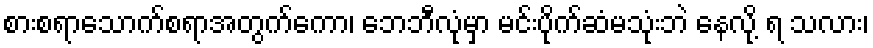
စားစရာသောက်စရာအတွက်ကော၊ ဘေဘီလုံမှာ မင်းပိုက်ဆံမသုံးဘဲ နေလို့ ရ သလား၊